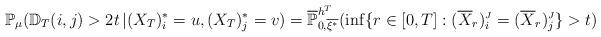
LaTeX: \begin{align*}\mathbb{P}_{\mu}(\mathbb{D}_{T}(i,j) > 2t \,| (X_{T})^{*}_{i} = u, (X_{T})^{*}_{j} = v) = \overline{\mathbb{P}}_{0, \overline{\xi^{*}}}^{h^{T}}(\inf\{r \in [0,T]: (\overline{X}_{r})^{\mbox{\tiny $J$}}_{i} = (\overline{X}_{r})^{\mbox{\tiny $J$}}_{j} \} > t)\end{align*}